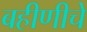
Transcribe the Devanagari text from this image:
बहीणीचे